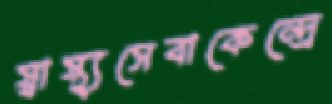
স্বাস্থ্যসেবাকেন্দ্রে